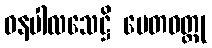
ဓနပါလသေဋ္ဌိ ပေတဝတ္ထု